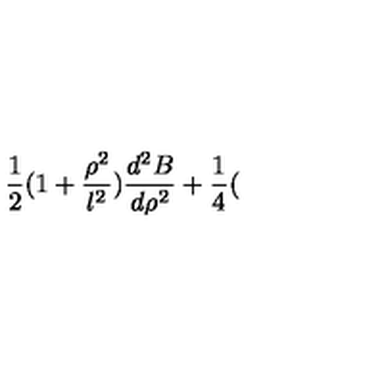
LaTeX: \frac { 1 } { 2 } ( 1 + \frac { \rho ^ { 2 } } { l ^ { 2 } } ) \frac { d ^ { 2 } B } { d \rho ^ { 2 } } + \frac { 1 } { 4 } (